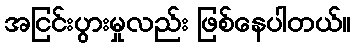
အငြင်းပွားမှုလည်း ဖြစ်နေပါတယ်။